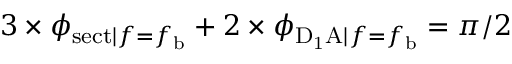
3 \times \phi _ { \mathrm { s e c t } | f = f _ { \mathrm { b } } } + 2 \times \phi _ { \mathrm { D _ { 1 } A } | f = f _ { \mathrm { b } } } = \pi / 2